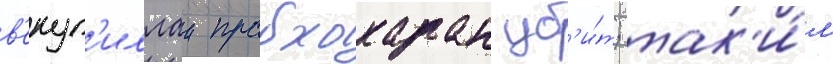
в'елуп'иллаи прабхакаран уб'и́т; так'и́м